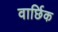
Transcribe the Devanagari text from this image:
वार्छिक